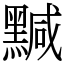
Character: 黬